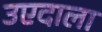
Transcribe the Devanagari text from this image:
उएदाला